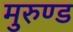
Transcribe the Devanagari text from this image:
मुरुण्ड